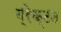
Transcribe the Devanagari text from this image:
ब्रेक्टन